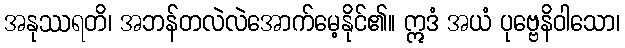
အနုဿရတိ၊ အဘန်တလဲလဲအောက်မေ့နိုင်၏။ ဣဒံ အယံ ပုဗ္ဗေနိဝါသော၊